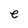
Character: e